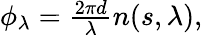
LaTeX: \begin{array}{r}{\phi_{\lambda}=\frac{2\pi d}{\lambda}n(s,\lambda),}\end{array}